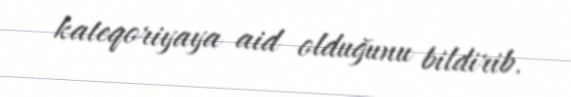
kateqoriyaya aid olduğunu bildirib.